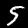
Digit: 5